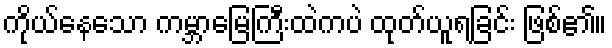
ကိုယ်နေသော ကမ္ဘာမြေကြီးထဲကပဲ ထုတ်ယူရခြင်း ဖြစ်၏။